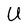
Character: U